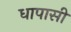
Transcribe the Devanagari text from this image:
धापासी